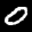
Label: 0